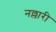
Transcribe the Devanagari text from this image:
नल्लारी